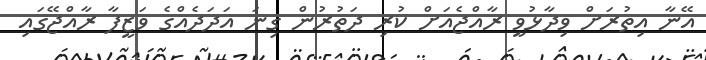
އޭނާ އިތުރަށް ވިދާޅުވީ ރާއްޖެއަށް ކުރި ދަތުރުން ގިނަ އަދަދެއްގެ ވަޒީފާ ރާއްޖޭގައި